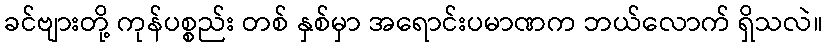
ခင်ဗျားတို့ ကုန်ပစ္စည်း တစ် နှစ်မှာ အရောင်းပမာဏက ဘယ်လောက် ရှိသလဲ။